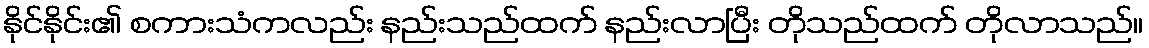
နိုင်နိုင်း၏ စကားသံကလည်း နည်းသည်ထက် နည်းလာပြီး တိုသည်ထက် တိုလာသည်။